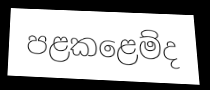
පළකළෙම්ද